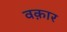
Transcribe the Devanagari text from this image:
वक़ार